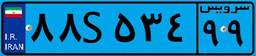
۸۸S۵۳۴۹۹